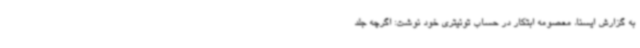
به گزارش ایسنا، معصومه ابتکار در حساب توئیتری خود نوشت: اگرچه جلد